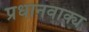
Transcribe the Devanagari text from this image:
प्रधानवाक्य